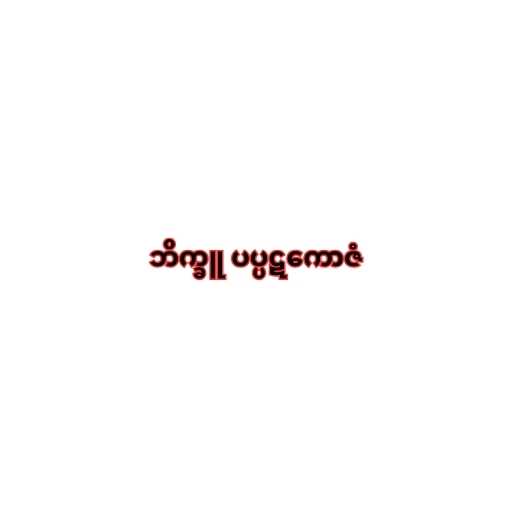
ဘိက္ခူ ပပ္ပဋကောဇံ